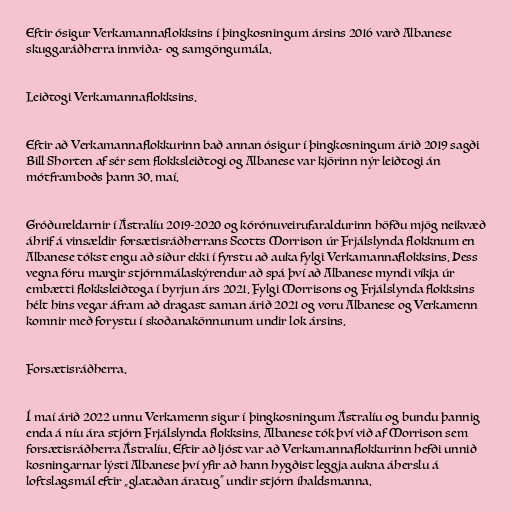
Eftir ósigur Verkamannaflokksins í þingkosningum ársins 2016 varð Albanese
skuggaráðherra innviða- og samgöngumála.

Leiðtogi Verkamannaflokksins.

Eftir að Verkamannaflokkurinn bað annan ósigur í þingkosningum árið 2019 sagði
Bill Shorten af sér sem flokksleiðtogi og Albanese var kjörinn nýr leiðtogi án
mótframboðs þann 30. maí.

Gróðureldarnir í Ástralíu 2019-2020 og kórónuveirufaraldurinn höfðu mjög neikvæð
áhrif á vinsældir forsætisráðherrans Scotts Morrison úr Frjálslynda flokknum en
Albanese tókst engu að síður ekki í fyrstu að auka fylgi Verkamannaflokksins. Þess
vegna fóru margir stjórnmálaskýrendur að spá því að Albanese myndi víkja úr
embætti flokksleiðtoga í byrjun árs 2021. Fylgi Morrisons og Frjálslynda flokksins
hélt hins vegar áfram að dragast saman árið 2021 og voru Albanese og Verkamenn
komnir með forystu í skoðanakönnunum undir lok ársins.

Forsætisráðherra.

Í maí árið 2022 unnu Verkamenn sigur í þingkosningum Ástralíu og bundu þannig
enda á níu ára stjórn Frjálslynda flokksins. Albanese tók því við af Morrison sem
forsætisráðherra Ástralíu. Eftir að ljóst var að Verkamannaflokkurinn hefði unnið
kosningarnar lýsti Albanese því yfir að hann hygðist leggja aukna áherslu á
loftslagsmál eftir „glataðan áratug“ undir stjórn íhaldsmanna.